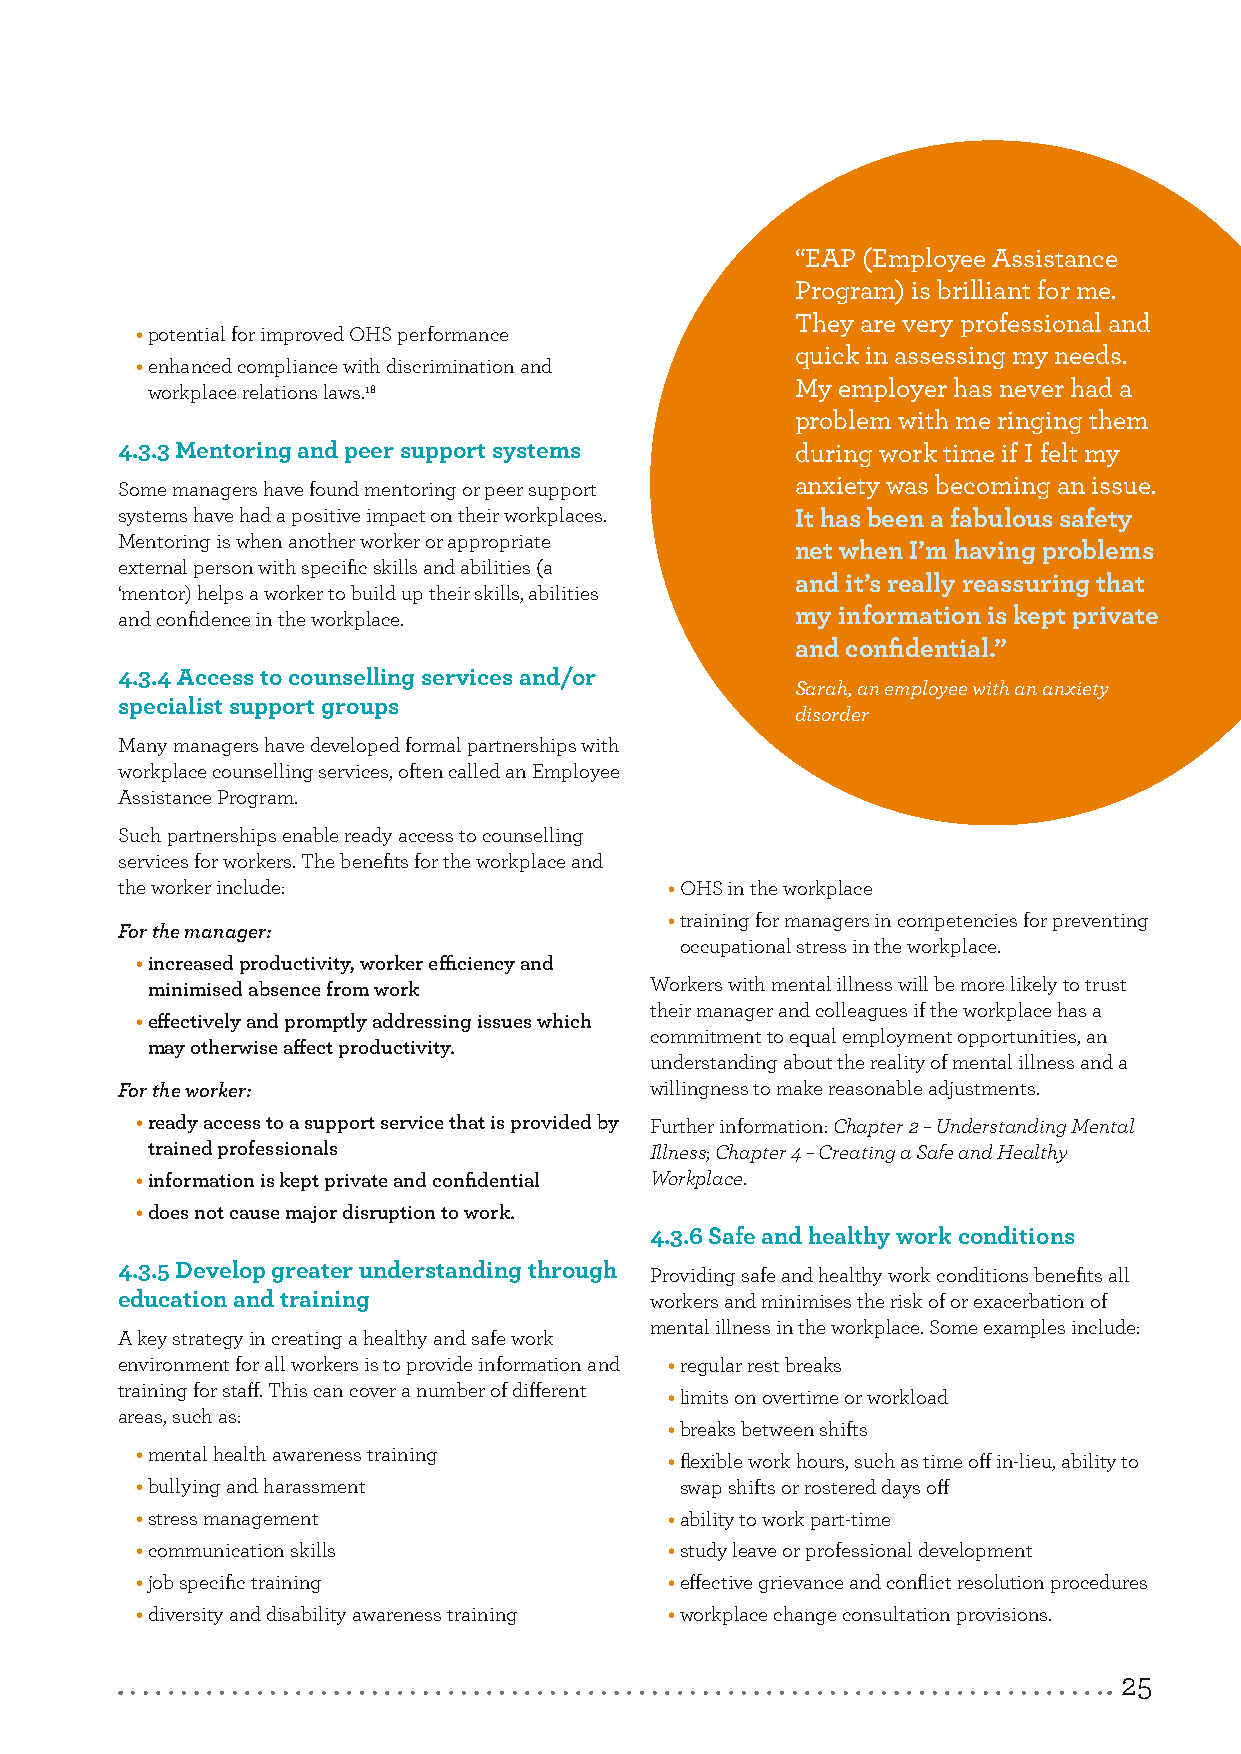
“EAP (Employee Assistance
 Program) is brilliant for me.
 They are very professional and
 • potential for improved OHS performance
 quick in assessing my needs.
 • enhanced compliance with discrimination and
 My employer has never had a
 workplace relations laws.18
 problem with me ringing them
 4.3.3 Mentoring and peer support systems     during work time if I felt my
 Some managers have found mentoring or peer support anxiety was becoming an issue.
 systems have had a positive impact on their workplaces. It has been a fabulous safety
 Mentoring is when another worker or appropriate
 net when I’m having problems
 external person with specific skills and abilities (a
 and it’s really reassuring that
 ‘mentor) helps a worker to build up their skills, abilities
 and confidence in the workplace.             my information is kept private
 and confidential.”
 4.3.4 Access to counselling services and/or
 Sarah, an employee with an anxiety
 specialist support groups
 disorder
 Many managers have developed formal partnerships with
 workplace counselling services, often called an Employee
 Assistance Program.
 Such partnerships enable ready access to counselling
 services for workers. The benefits for the workplace and
 the worker include:                 • OHS in the workplace
 • training for managers in competencies for preventing
 For the manager:
 occupational stress in the workplace.
 • increased productivity, worker efficiency and
 minimised absence from work      Workers with mental illness will be more likely to trust
 their manager and colleagues if the workplace has a
 • effectively and promptly addressing issues which
 commitment to equal employment opportunities, an
 may otherwise affect productivity.
 understanding about the reality of mental illness and a
 For the worker:                    willingness to make reasonable adjustments.
 • ready access to a support service that is provided by Further information: Chapter 2 – Understanding Mental
 trained professionals            Illness; Chapter 4 – Creating a Safe and Healthy
 • information is kept private and confidential Workplace.
 • does not cause major disruption to work.
 4.3.6 Safe and healthy work conditions
 4.3.5 Develop greater understanding through Providing safe and healthy work conditions benefits all
 education and training             workers and minimises the risk of or exacerbation of
 mental illness in the workplace. Some examples include:
 A key strategy in creating a healthy and safe work
 environment for all workers is to provide information and • regular rest breaks
 training for staff. This can cover a number of different
 • limits on overtime or workload
 areas, such as:
 • breaks between shifts
 • mental health awareness training • flexible work hours, such as time off in-lieu, ability to
 • bullying and harassment           swap shifts or rostered days off
 • stress management                • ability to work part-time
 • communication skills             • study leave or professional development
 • job specific training            • effective grievance and conflict resolution procedures
 • diversity and disability awareness training • workplace change consultation provisions.
 25